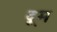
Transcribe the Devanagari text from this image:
दूूम